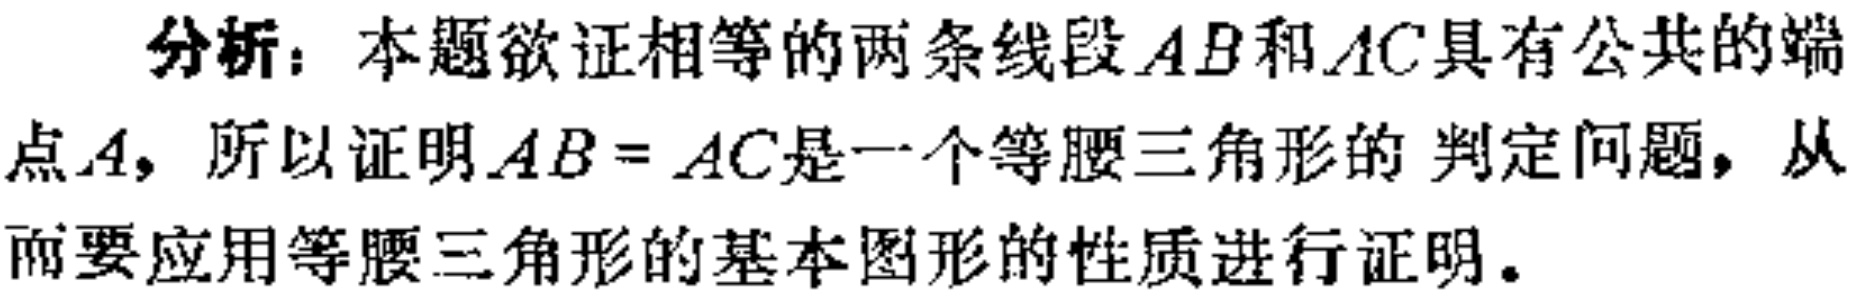
分析：本题欲证相等的两条线段\(AB\)和\(AC\)具有公共的端点\(A\)，所以证明\(AB = AC\)是一个等腰三角形的 判定问题，从而要应用等腰三角形的基本图形的性质进行证明。